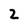
Character: 2